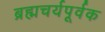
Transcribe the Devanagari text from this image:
ब्रह्मचर्यपूर्वक